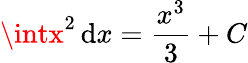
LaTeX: \intx^{2}\, \mathrm{d}x={\frac{{x^{3}}}{{3}}}+C